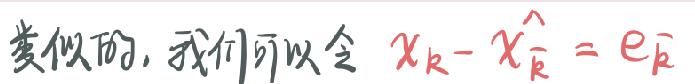
类似的，我们可以令 \(x_{k}- \hat{x_{\bar{k}}}=e_{\bar{k}}\)